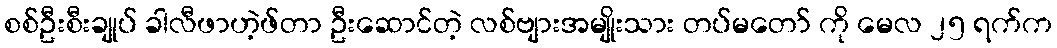
စစ်ဦးစီးချုပ် ခါလီဖာဟဲ့ဖ်တာ ဦးဆောင်တဲ့ လစ်ဗျားအမျိုးသား တပ်မတော် ကို မေလ ၂၅ ရက်က